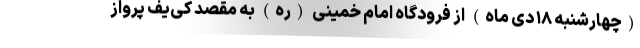
(چهارشنبه ۱۸ دی ماه) از فرودگاه امام خمینی (ره) به مقصد کی‌یف پرواز